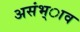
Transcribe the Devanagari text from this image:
असंभ्ाव